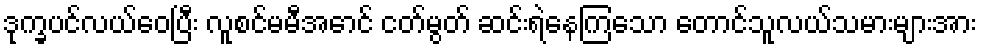
ဒုက္ခပင်လယ်ဝေပြီး လူစင်မမီအောင် ငတ်မွတ် ဆင်းရဲနေကြသော တောင်သူလယ်သမားများအား